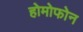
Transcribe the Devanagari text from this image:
होमोफोन